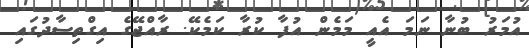
އުމަރު ބުނާ ނަމަ އެއީ މަމެން އުފާ ކުރާ ކަމެކޭ. ރާއްޖޭގެ އިގްތިސާދުގައި